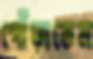
গোঁড়াতেম